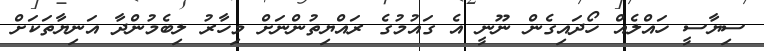
ސިޔާސީ ހައްލެއް ހޯދައިގެން ނޫނީ އެ ގައުމުގެ ރައްޔިތުންނަށް މިހާރު ލިބެމުންދާ އަނިޔާތަކަށް